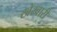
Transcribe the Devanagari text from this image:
खेरवारी